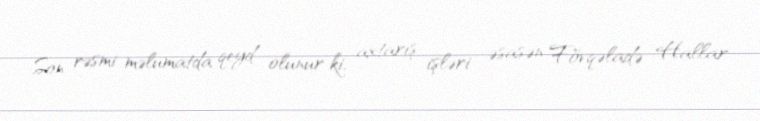
Son rəsmi məlumatda qeyd olunur ki, axtarış işləri əsasən Fövqəladə Hallar